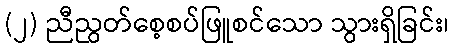
(၂) ညီညွတ်စေ့စပ်ဖြူစင်သော သွားရှိခြင်း၊